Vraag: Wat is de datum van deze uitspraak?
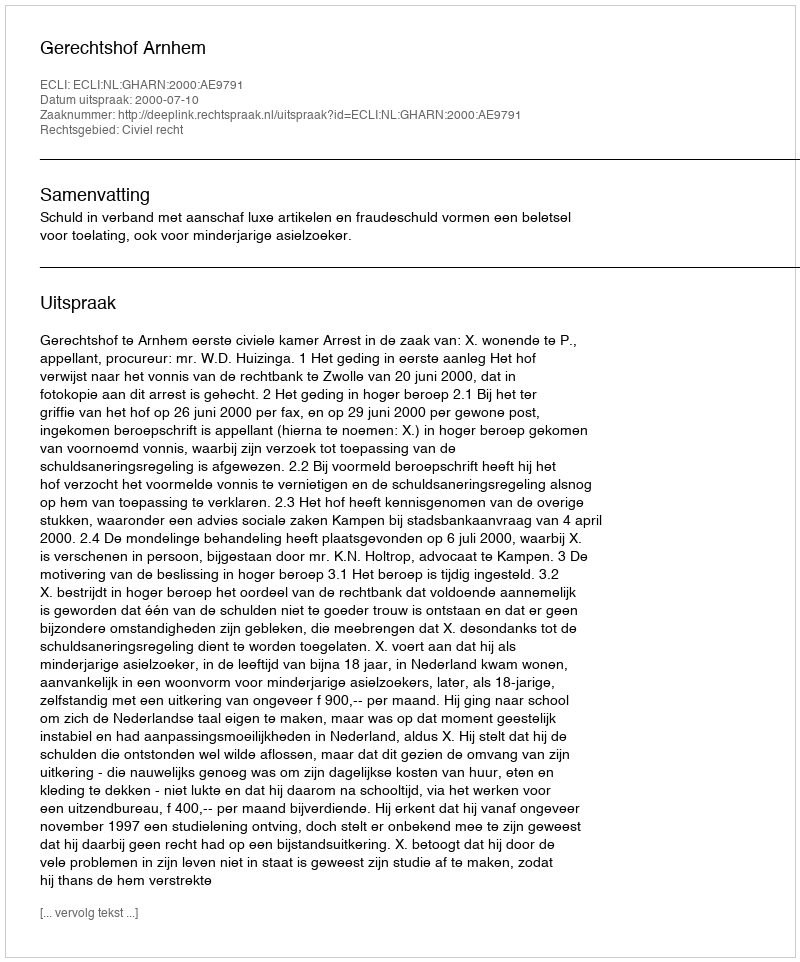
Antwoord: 2000-07-10